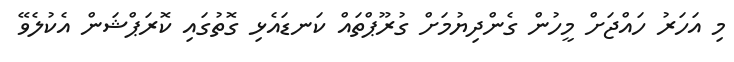
މި އަހަރު ހައްޖަށް މީހުން ގެންދިޔުމަށް ގުރޫޕްތައް ކަނޑައެޅި ގޮތުގައި ކޮރަޕްޝަން އެކުލެވޭ